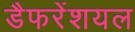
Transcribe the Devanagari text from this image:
डैफरेंशयल